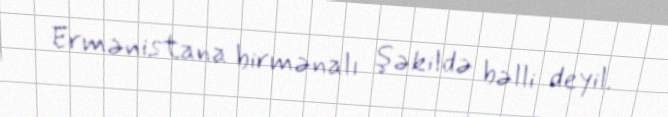
Ermənistana birmənalı şəkildə bəlli deyil.